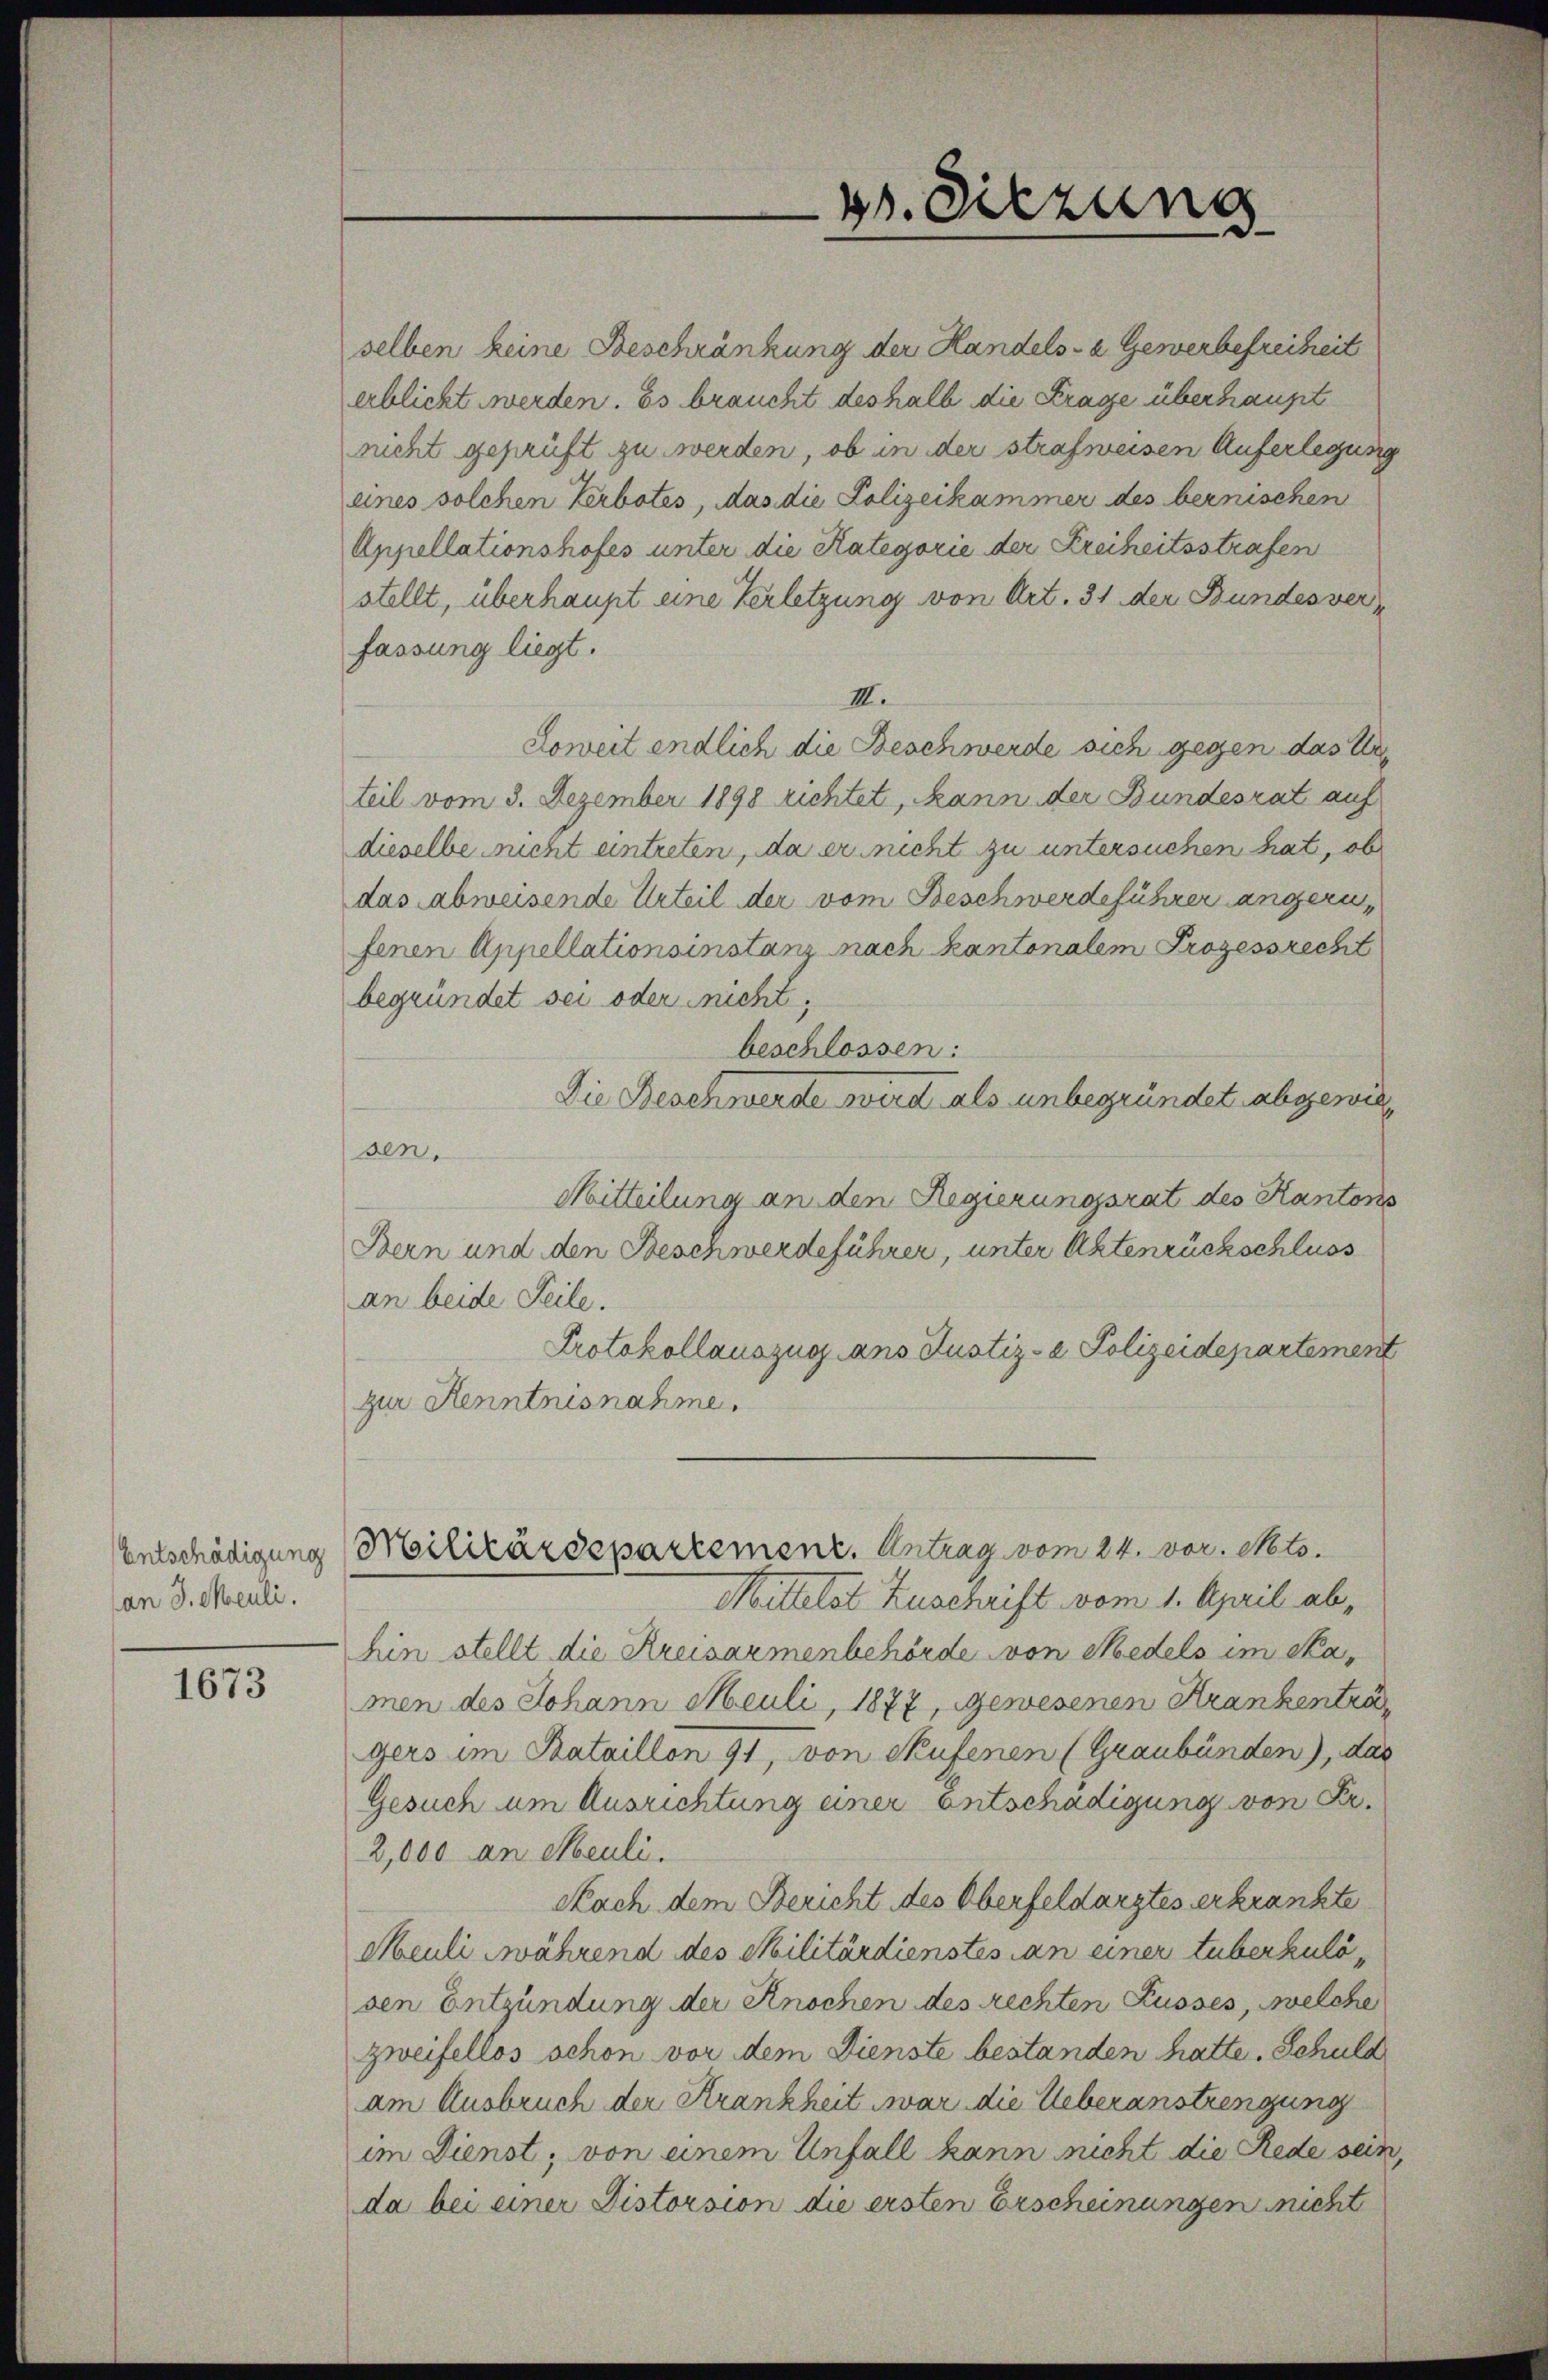
an J. Mauli.

1673

selben keine Beschränkung der Handels- u. Gewerbefreiheit
erblicht werden. Es braucht deshalb die Frage überhaupt
nicht geprüft zu werden, ob in der strafweisen Auferlegung
eines solchen Verbotes, das die Polizeikammer des bernischen
Appellationshofes unter die Kategorie der Kreiheitsstrafen
stellt, überhaupt eine Verletzung von Art. 31 der Bundesverfassung liegt.
III.
Soweit endlich die Beschwerde sich gegen das Ur
teil vom 3. Dezember 1898 richtet, kann der Bundesrat auf
dieselbe sucht eintreten, da er nicht zu untersuchen hat, ob
das abweisende Urteil der vom Beschwerdeführer angerufenen Appellationsinstanz nach kantonalem Prozessrecht
begründet sei oder nicht,
beschlossen:
Die Beschwerde wird als unbegründet abgewie
sen.
Mitteilung an den Regierungsrat des Kantons
Bern und den Beschwerdeführer, unter Aktenrückschluss
an beide Teile.
Protokollauszug ans Justiz- & Polizeidepartement
zur Kenntnisnahme.
Entschädigung Militärdepartement. Antrag vom 24. vor. Mts.
Mittelst Zuschrift vom 1. April abhin stellt die Kreisarmenbehörde von Medels im Stamen des Johann Meuli, 1877, gewesenen Krankentra
gers im Bataillon 91, von Stufenen (Graubünden), das
Gesuch um Ausrichtung einer entschädigung von Fr.
2,000 an Mauli.
Nach dem Bericht des Oberfeldarztes erkrankte
Meuli während des Militärdienstes an einer tuberkulösen Entzündung der Knochen des rechten Russes, welche
zweifellos schon vor dem Dienste bestanden hatte. Schuld
am Ausbruch der Krankheit war die Ueberanstrengung
im Dienst; von einem Unfall kann nicht die Rede sein,
da bei einer Distorsion die ersten Erscheinungen nicht

4. Sitzung